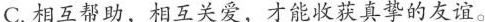
C.相互帮助，相互关爱，才能收获真挚的友谊。